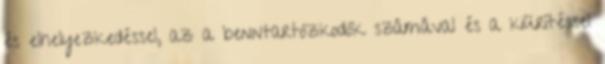
és elhelyezkedéssel, az a benntartózkodók számával és a kiürítéssel